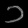
Digit: ၁